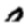
Digit: 0